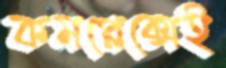
কমপ্লেক্সেই